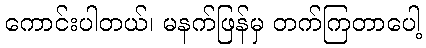
ကောင်းပါတယ်၊ မနက်ဖြန်မှ တက်ကြတာပေါ့